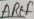
Text: AREF